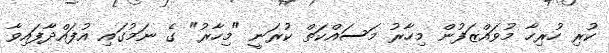
ކުރި ހުރިހާ މުވައްޒަފުން މިހާރު މަސައްކަތް ކުރަނީ "މިހާރު" ގެ ނަމުގައި އުފައްދާފައިވާ